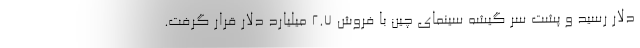
دلار رسید و پشت سر گیشه سینمای چین با فروش ۲.۷ میلیارد دلار قرار گرفت.